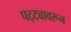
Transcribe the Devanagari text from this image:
पट्ट्यावरून